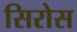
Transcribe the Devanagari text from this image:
सिरोस